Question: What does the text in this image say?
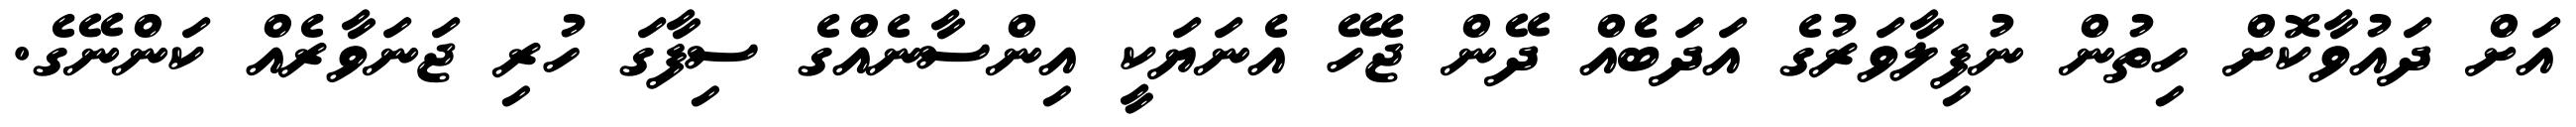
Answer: އަށް ދައުވާކޮށް ހިތުން ނުފިލާވަރުގެ އަދަބެއް ދޭން ޖެހޭ އެނަޔަކީ އިންސާނެއްގެ ސިފާގަ ހުރި ޖަނަވާރެއް ކަންނޭގެ.